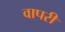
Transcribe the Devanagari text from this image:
वापरी